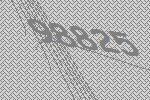
98825